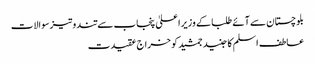
بلوچستان سے آئے طلبا کے وزیراعلیٰ پنجاب سے تند وتیزسوالات
عاطف اسلم کا جنید جمشید کو خراج عقیدت